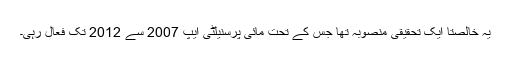
یہ خالصتاً ایک تحقیقی منصوبہ تھا جس کے تحت مائی پرسنیلٹی ایپ 2007 سے 2012 تک فعال رہی۔